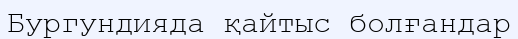
Бургундияда қайтыс болғандар